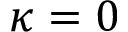
\kappa = 0